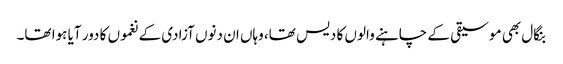
بنگال بھی موسیقی کے چاہنے والوں کا دیس تھا، وہاں ان دنوں آزادی کے نغموں کا دور آیا ہوا تھا۔